Civil Veterinary Department. Central Provinces & Berar 1925-31 - 1925-1931
Year: 1925
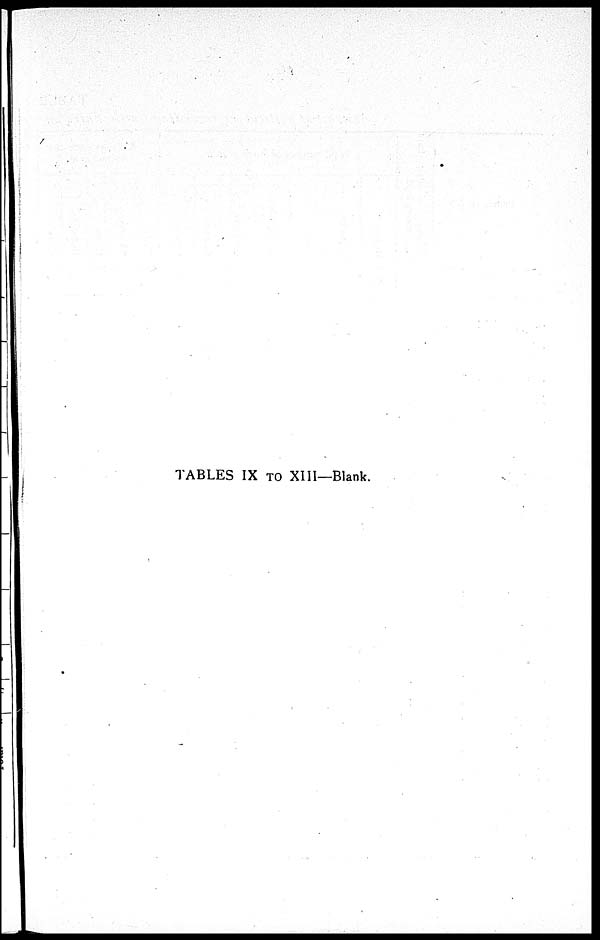
TABLES IX TO XIII—Blank.